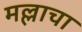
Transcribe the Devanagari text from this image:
मल्लाचा